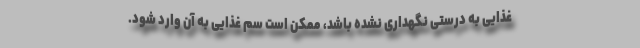
غذایی به درستی نگهداری نشده باشد، ممکن است سم غذایی به آن وارد شود.